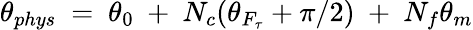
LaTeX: \theta_{phys}~=~\theta_{0}~+~N_{c}(\theta_{F_{\tau}}+\pi/2)~+~N_{f}\theta_{m}